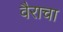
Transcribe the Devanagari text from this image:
वैराचा